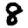
Digit: 8